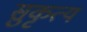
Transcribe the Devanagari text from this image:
सुकृत्य